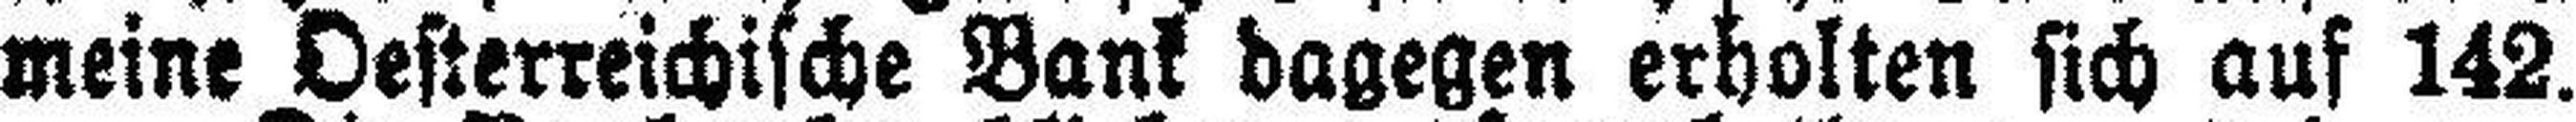
meine Oesterreichische Bank dagegen erholten sich auf 142.